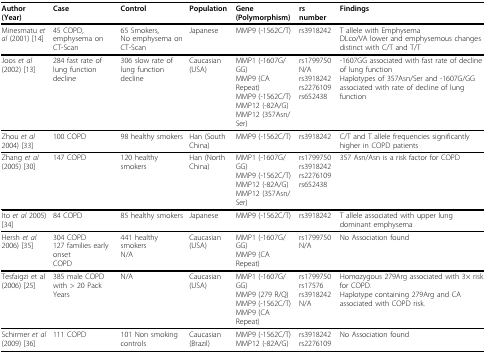
<table><thead><tr><td><b>Author(Year)</b></td><td><b>Case</b></td><td><b>Control</b></td><td><b>Population</b></td><td><b>Gene (Polymorphism)</b></td><td><b>rs number</b></td><td><b>Findings</b></td></tr></thead><tbody><tr><td>Minesmatu <i>et al </i>(2001) [14]</td><td>45 COPD, emphysema on CT-Scan</td><td>65 Smokers,No emphysema on CT-Scan</td><td>Japanese</td><td>MMP9 (-1562C/T)</td><td>rs3918242</td><td>T allele with EmphysemaDLco/VA lower and emphysemous changes distinct with C/T and T/T</td></tr><tr><td>Joos <i>et al </i>(2002) [13]</td><td>284 fast rate of lung function decline</td><td>306 slow rate of lung function decline</td><td>Caucasian (USA)</td><td>MMP1 (-1607G/GG)MMP9 (CA Repeat)MMP9 (-1562C/T)MMP12 (-82A/G)MMP12 (357Asn/Ser)</td><td>rs1799750N/Ars3918242rs2276109rs652438</td><td>-1607GG associated with fast rate of decline of lung functionHaplotypes of 357Asn/Ser and -1607G/GG associated with rate of decline of lung function</td></tr><tr><td>Zhou <i>et al </i>2004) [33]</td><td>100 COPD</td><td>98 healthy smokers</td><td>Han (South China)</td><td>MMP9 (-1562C/T)</td><td>rs3918242</td><td>C/T and T allele frequencies significantly higher in COPD patients</td></tr><tr><td>Zhang <i>et al</i>(2005) [30]</td><td>147 COPD</td><td>120 healthy smokers</td><td>Han (North China)</td><td>MMP1 (-1607G/GG)MMP9 (-1562C/T)MMP12 (-82A/G)MMP12 (357Asn/Ser)</td><td>rs1799750rs3918242rs2276109rs652438</td><td>357 Asn/Asn is a risk factor for COPD</td></tr><tr><td>Ito <i>et al </i>2005) [34]</td><td>84 COPD</td><td>85 healthy smokers</td><td>Japanese</td><td>MMP9 (-1562C/T)</td><td>rs3918242</td><td>T allele associated with upper lung dominant emphysema</td></tr><tr><td>Hersh <i>et al </i>2006) [35]</td><td>304 COPD127 families early onsetCOPD</td><td>441 healthy smokersN/A</td><td>Caucasian(USA)</td><td>MMP1 (-1607G/GG)MMP9 (CA Repeat)</td><td>rs1799750N/A</td><td>No Association found</td></tr><tr><td>Tesfaigzi et al(2006) [25]</td><td>385 male COPD with &gt; 20 Pack Years</td><td>N/A</td><td>Caucasian(USA)</td><td>MMP1 (-1607G/GG)MMP9 (279 R/Q)MMP9 (-1562C/T)MMP9 (CA Repeat)</td><td>rs1799750rs17576rs3918242N/A</td><td>Homozygous 279Arg associated with 3× risk for COPD.Haplotype containing 279Arg and CA associated with COPD risk.</td></tr><tr><td>Schirmer <i>et al </i>(2009) [36]</td><td>111 COPD</td><td>101 Non smoking controls</td><td>Caucasian(Brazil)</td><td>MMP9 (-1562C/T)MMP12 (-82A/G)</td><td>rs3918242rs2276109</td><td>No Association found</td></tr></tbody></table>